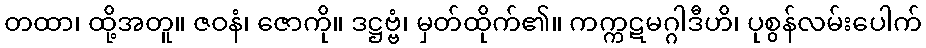
တထာ၊ ထို့အတူ။ ဇဝနံ၊ ဇောကို။ ဒဋ္ဌဗ္ဗံ၊ မှတ်ထိုက်၏။ ကက္ကဋမဂ္ဂါဒီဟိ၊ ပုစွန်လမ်းပေါက်